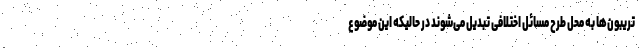
تریبون‌ها به محل طرح مسائل اختلافی تبدیل می‌شوند در حالیکه این موضوع